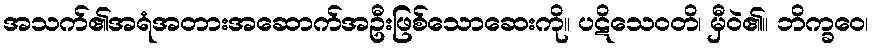
အသက်၏အရံအတားအဆောက်အဦးဖြစ်သောဆေးကို။ ပဋိသေဝတိ၊ မှီဝဲ၏။ ဘိက္ခဝေ၊